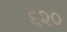
૬૨૦